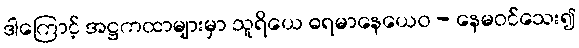
ဒါကြောင့် အဋ္ဌကထာများမှာ သူရိယေ ဓရမာနေယေဝ - နေမဝင်သေး၍